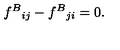
f ^ { B } { } _ { i j } - f ^ { B } { } _ { j i } = 0 .